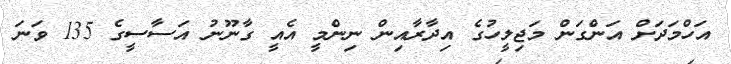
އަހްމަދަށް އަންގަން މަޖިލީހުގެ އިދާރާއިން ނިންމީ އެއީ ގާނޫނު އަސާސީގެ 135 ވަނަ